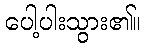
ပေါ့ပါးသွား၏။